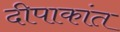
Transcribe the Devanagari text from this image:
दीपाकांत